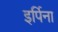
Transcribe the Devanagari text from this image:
इर्पिना